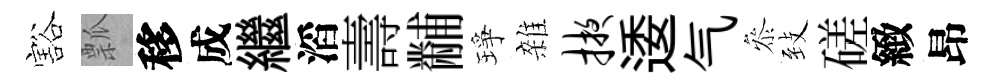
豁瓢移成繼滔壽黼琤雜掖逶气叅𦤺磋緻昂